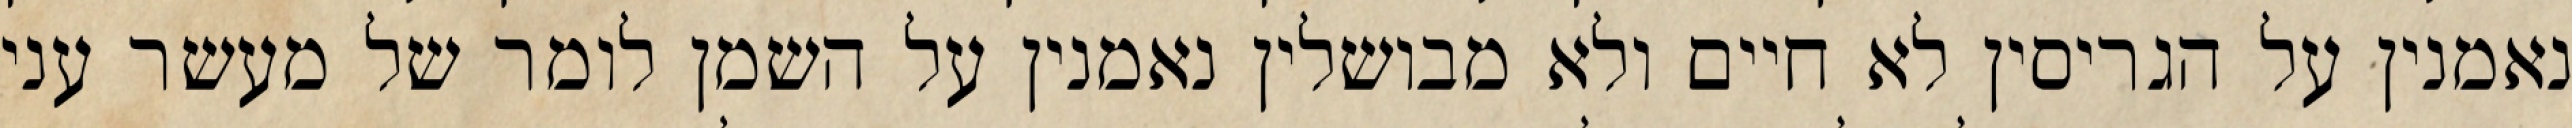
נאמנין על הגריסין לא חיים ולא מבושלין נאמנין על השמן לומר של מעשר עני